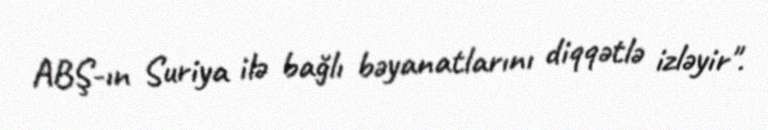
ABŞ-ın Suriya ilə bağlı bəyanatlarını diqqətlə izləyir".